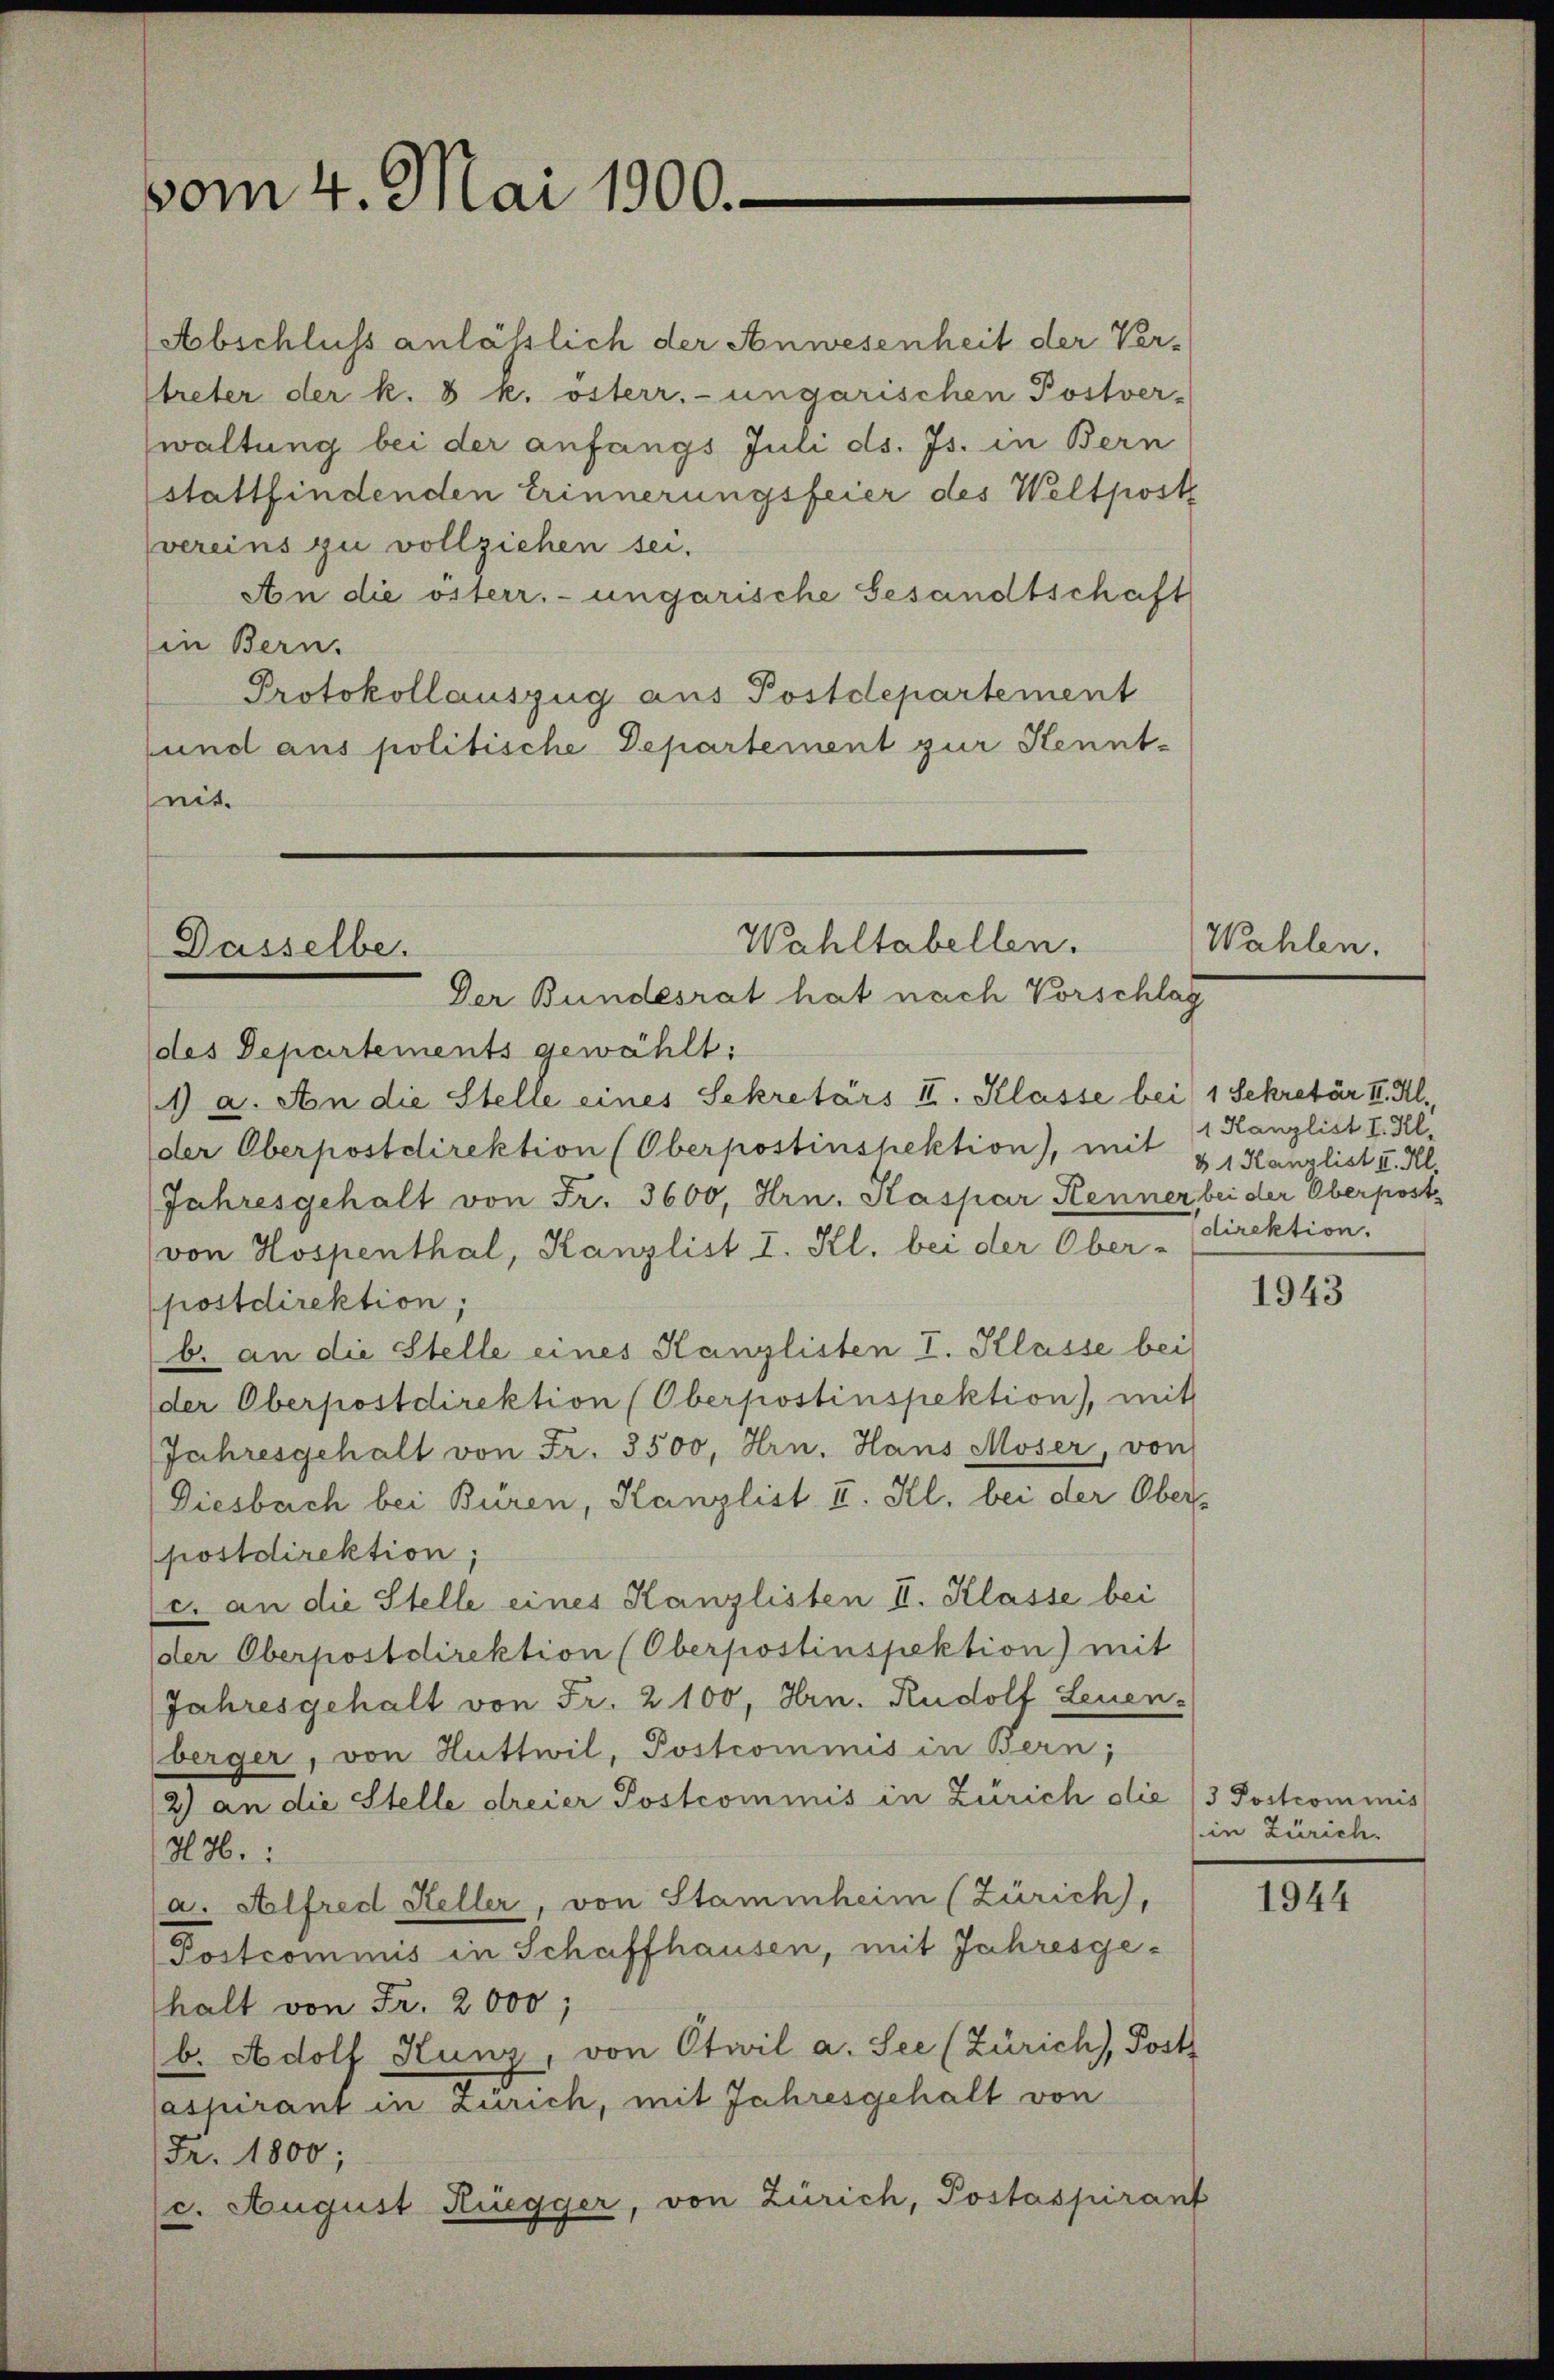
vom 4. Mai 1900.

(Abschluss anläßlich der Anwesenheit der Ver-
streter der k. 8 k. österr.-ungarischen Postver-
waltung bei der anfangs Juli ds. Js. in Bern
stattfindenden Erinnerungsfeier des Weltpost
vereins zu vollziehen sei.
An die österr. ungarische Gesandtschaft
in Bern.
Protokollauszug aus Postdepartement
sund aus politische Departement zur Kennt-
nit.

Wahltabellen.
Dasselbe.
Der Bundesrat hat nach Vorschlag

(des Departements gewählt:
1) a. An die Stelle eines Sekretärs II. Klasse bei 1 Sekretär II. Kl.
der Oberpostdirektion (Oberpostinspektion), mit § 1 Kanzlist I. Kl.
Jahresgehalt von Fr. 3600, Hrn. Kaspar Kenner bei der Oberpost
(von Hospenthal, Kanzlist I. Kl. bei der Ober-Direktion.
postdirektion;
b. an die Stelle eines Kanzlisten I. Klasse bei
der Oberpostdirektion (Oberpostinspektion), mit
Jahresgehalt von Fr. 3500, Hrn. Hans Moser, von
Diesbach bei Büren, Kanzlist I. Kl. bei der Ober-
postdirektion;
(c. an die Stelle eines Kanzlisten II. Klasse bei
der Oberpostdirektion (Oberpostinspektion) mit
Jahresgehalt von Fr. 2100, Hrn. Rudolf Leuenberger, von Huttwil, Postcommis in Bern;
12) an die Stelle dreier Postcommis in Zürich die (3 Postcommis
HH.:
a. Alfred Keller, von Stammheim (Zürich,
Postcommis in Schaffhausen, mit Jahresge-
halt von Fr. 2000;
(b. Adolf Hunz, von Otwil a. See (Zürich, Post
aspirant in Zürich, mit Jahresgehalt von
Fr. 1800;
c. August Rüegger, von Zürich, Postaspirant

Wahlen.

1 Kanzlist I. Kl.

1943

in Zürich.

1944